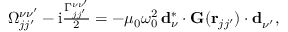
\begin{array} { r } { \Omega _ { j j ^ { \prime } } ^ { \nu \nu ^ { \prime } } - \mathrm { i } \frac { \Gamma _ { j j ^ { \prime } } ^ { \nu \nu ^ { \prime } } } { 2 } = - \mu _ { 0 } \omega _ { 0 } ^ { 2 } \, \mathbf { d } _ { \nu } ^ { * } \cdot \mathbf { G } ( \mathbf { r } _ { j j ^ { \prime } } ) \cdot \mathbf { d } _ { \nu ^ { \prime } } ^ { \phantom { * } } , } \end{array}